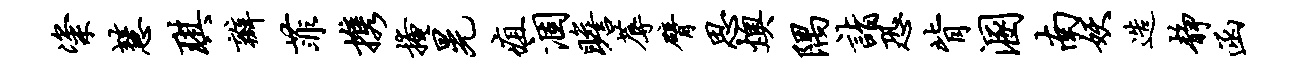
粢慧琪瓣菲携掩晃疽涸瞻蓐臂思燠隅诣恐背溷南妖造静函